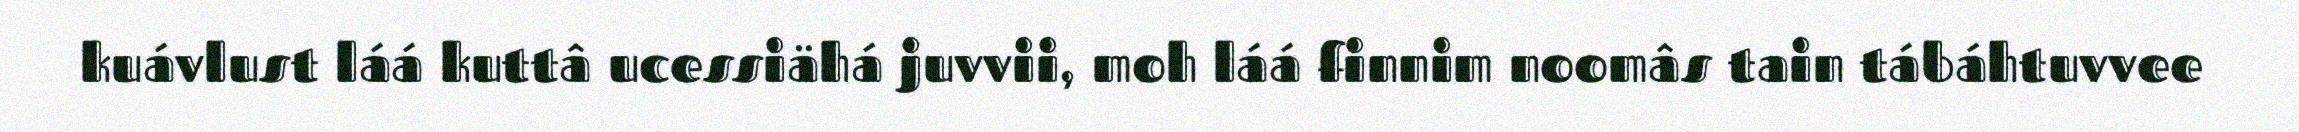
kuávlust láá kuttâ ucessiähá juvvii, moh láá finnim noomâs tain tábáhtuvvee